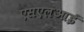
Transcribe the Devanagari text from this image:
एसएलआई